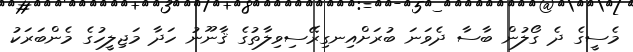
މެސީގެ ދެ ގޯލުން ބާސާ ދެވަނަ ބުރަށްއިނގިރޭސިވިލާތުގެ ޤާނޫނު ހަދާ މަޖިލީހުގެ މެންބަރަކު